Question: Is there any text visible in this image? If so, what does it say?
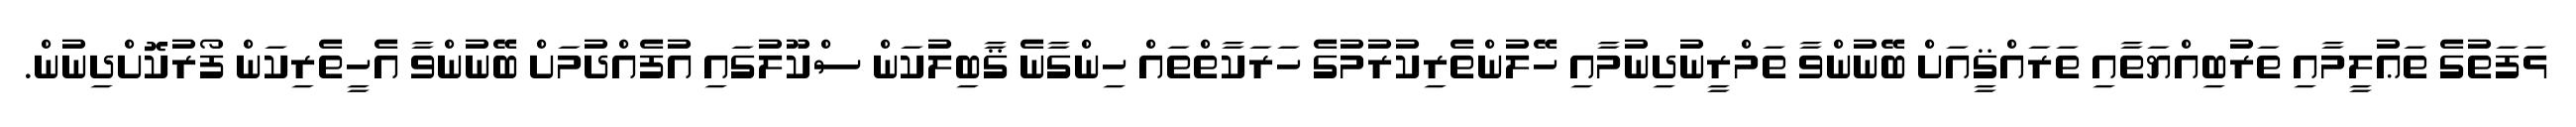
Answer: ޅަފަތުގެ ތަޢުލީމާއި ތަރުބިއްޔަތާއި ތަރައްޤީއަށް ބޭނުންވާ ތަމްރީނުދިނުމާއި ހޭލުންތެރިކުރުމުގެ ހަރަކާތްތައް ހިންގާނެ ޤާބިލުކަން ސްކޫލުގައި އުފެއްދުމަށް ބޭނުންވާ އެހީތެރިކަން ފޯރުކޮށްދިނުން.